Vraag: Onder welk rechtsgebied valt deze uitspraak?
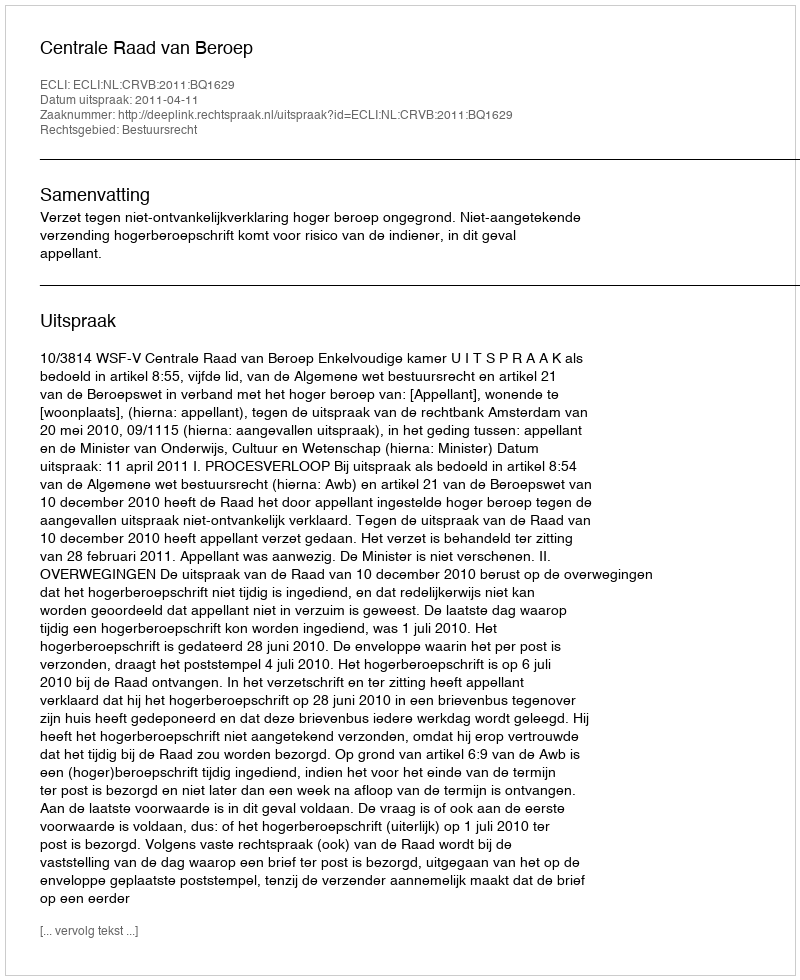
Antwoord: Bestuursrecht